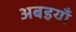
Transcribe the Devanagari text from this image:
अबइयाँ